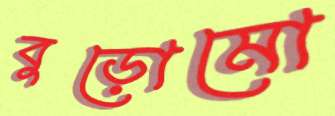
বুড়োমো